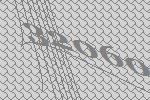
32060